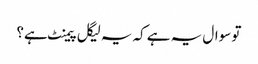
تو سوال یہ ہے کہ یہ لیگل پیمنٹ ہے؟